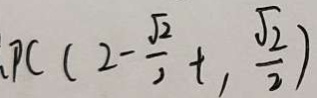
, P C ( 2 - \frac { \sqrt { 2 } } { 2 } t , \frac { \sqrt { 2 } } { 2 } )